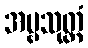
အမ္ဗသုတ္တံ